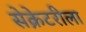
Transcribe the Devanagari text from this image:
सेक्रेटरीला